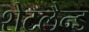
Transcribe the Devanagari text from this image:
शेटलैन्ड